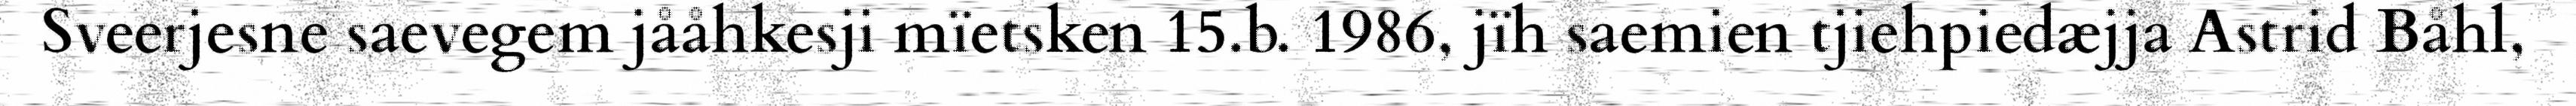
Sveerjesne saevegem jååhkesji mïetsken 15.b. 1986, jïh saemien tjiehpiedæjja Astrid Båhl,